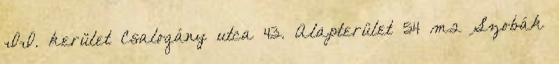
II. kerület Csalogány utca 43. Alapterület 54 m2 Szobák